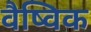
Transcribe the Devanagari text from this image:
वैष्विक